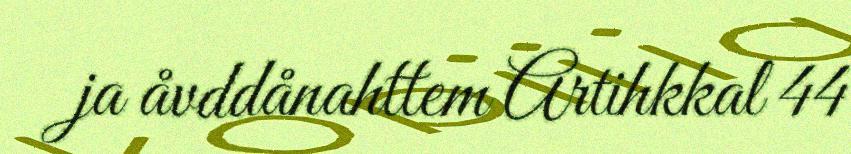
ja åvddånahttem Artihkkal 44